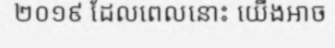
២០១៩ ដែលពេលនោះ យើងអាច